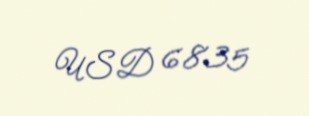
USD 6835